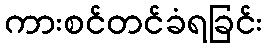
ကားစင်တင်ခံရခြင်း